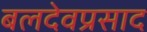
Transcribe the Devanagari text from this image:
बलदेवप्रसाद